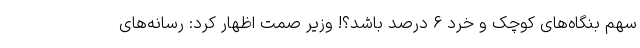
سهم بنگاه‌های کوچک و خرد ۶ درصد باشد؟! وزیر صمت اظهار کرد: رسانه‌های